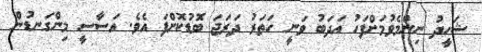
ޝަހީދު ނިންމެވުމަށްފަހު އަދަބު ވަނީ ހަތަރު ދަރަޖަ ބޮޑުކޮށްފަ އެވެ. އަސާސީ މިންގަނޑުން